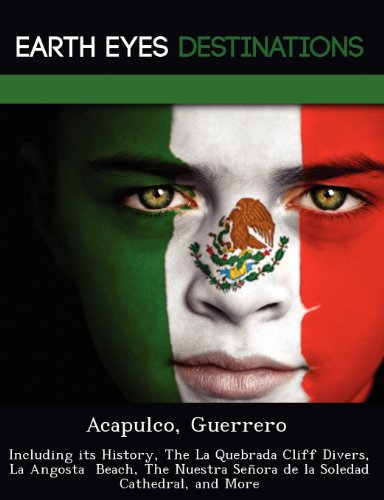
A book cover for Acapulco, Guerrero: Including its History, The La Quebrada Cliff Divers, La Angosta  Beach, The Nuestra SeÃ±ora de la Soledad Cathedral, and More; Sandra Wilkins; Travel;